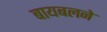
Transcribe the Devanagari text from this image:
बायबलने